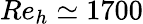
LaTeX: Re_{h}\simeq 1700